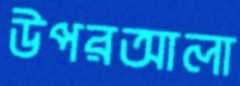
উপরআলা